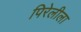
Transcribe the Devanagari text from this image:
पिरेलीला